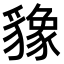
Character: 𬥌